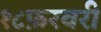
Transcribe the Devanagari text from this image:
१८फ़रवरी